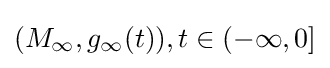
(M_{\infty },g_{\infty }(t)),t\in (-\infty ,0]